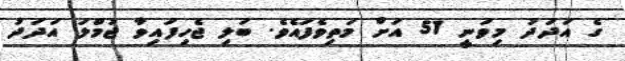
ގެ އަދަދު މިވަނީ 51 އަށް މަތިވެފައެވެ. ބަލި ޖެހިފައިވާ ޖުމްލަ އަދަދު